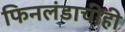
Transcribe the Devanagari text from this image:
फिनलंडाचीही